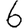
Digit: 6